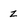
Character: z